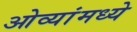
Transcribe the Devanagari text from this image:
ओव्यांमध्ये